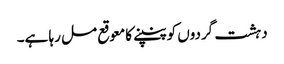
دہشت گردوں کو پنپنے کا معوقع مل رہا ہے۔